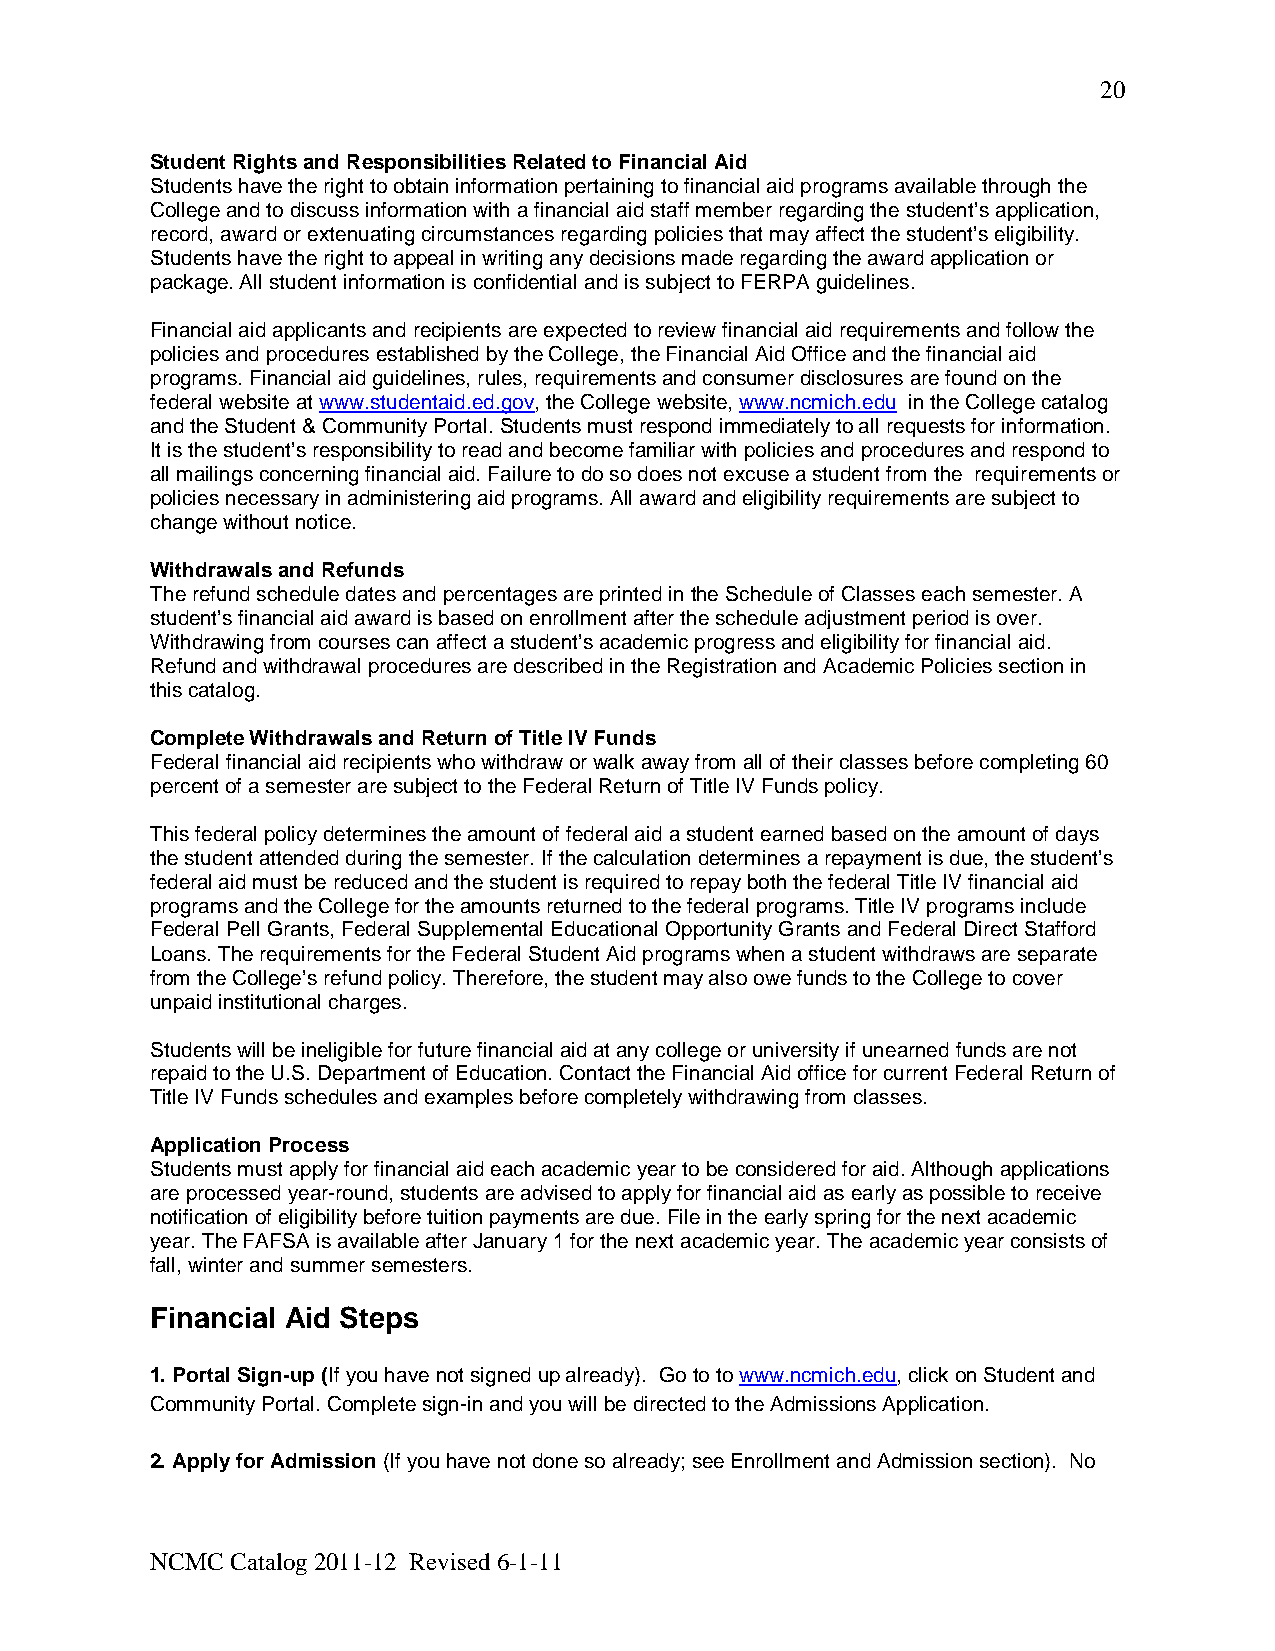
20
 Student Rights and Responsibilities Related to Financial Aid
 Students have the right to obtain information pertaining to financial aid programs available through the
 College and to discuss information with a financial aid staff member regarding the student’s application,
 record, award or extenuating circumstances regarding policies that may affect the student’s eligibility.
 Students have the right to appeal in writing any decisions made regarding the award application or
 package. All student information is confidential and is subject to FERPA guidelines.
 Financial aid applicants and recipients are expected to review financial aid requirements and follow the
 policies and procedures established by the College, the Financial Aid Office and the financial aid
 programs. Financial aid guidelines, rules, requirements and consumer disclosures are found on the
 federal website at www.studentaid.ed.gov, the College website, www.ncmich.edu in the College catalog
 and the Student & Community Portal. Students must respond immediately to all requests for information.
 It is the student’s responsibility to read and become familiar with policies and procedures and respond to
 all mailings concerning financial aid. Failure to do so does not excuse a student from the requirements or
 policies necessary in administering aid programs. All award and eligibility requirements are subject to
 change without notice.
 Withdrawals and Refunds
 The refund schedule dates and percentages are printed in the Schedule of Classes each semester. A
 student’s financial aid award is based on enrollment after the schedule adjustment period is over.
 Withdrawing from courses can affect a student’s academic progress and eligibility for financial aid.
 Refund and withdrawal procedures are described in the Registration and Academic Policies section in
 this catalog.
 Complete Withdrawals and Return of Title IV Funds
 Federal financial aid recipients who withdraw or walk away from all of their classes before completing 60
 percent of a semester are subject to the Federal Return of Title IV Funds policy.
 This federal policy determines the amount of federal aid a student earned based on the amount of days
 the student attended during the semester. If the calculation determines a repayment is due, the student’s
 federal aid must be reduced and the student is required to repay both the federal Title IV financial aid
 programs and the College for the amounts returned to the federal programs. Title IV programs include
 Federal Pell Grants, Federal Supplemental Educational Opportunity Grants and Federal Direct Stafford
 Loans. The requirements for the Federal Student Aid programs when a student withdraws are separate
 from the College’s refund policy. Therefore, the student may also owe funds to the College to cover
 unpaid institutional charges.
 Students will be ineligible for future financial aid at any college or university if unearned funds are not
 repaid to the U.S. Department of Education. Contact the Financial Aid office for current Federal Return of
 Title IV Funds schedules and examples before completely withdrawing from classes.
 Application Process
 Students must apply for financial aid each academic year to be considered for aid. Although applications
 are processed year-round, students are advised to apply for financial aid as early as possible to receive
 notification of eligibility before tuition payments are due. File in the early spring for the next academic
 year. The FAFSA is available after January 1 for the next academic year. The academic year consists of
 fall, winter and summer semesters.
 Financial Aid Steps
 1. Portal Sign-up (If you have not signed up already). Go to to www.ncmich.edu, click on Student and
 Community Portal. Complete sign-in and you will be directed to the Admissions Application.
 2. Apply for Admission (If you have not done so already; see Enrollment and Admission section). No
 NCMC Catalog 2011-12 Revised 6-1-11